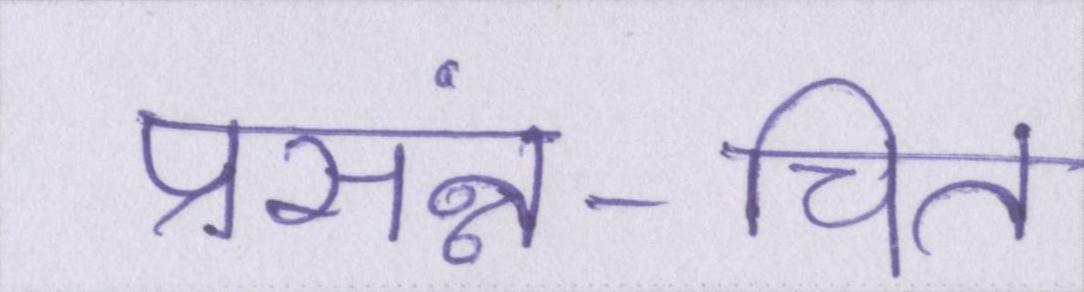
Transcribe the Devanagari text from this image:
प्रसंन्न-चित्त